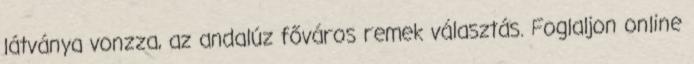
látványa vonzza, az andalúz főváros remek választás. Foglaljon online